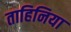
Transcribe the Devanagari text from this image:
ताहिनिया